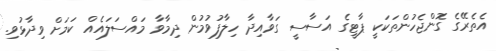
އެތެރޭގެ ގޮންޖެހުންތަކަކީ ޕާޓީގެ އަސާސީ ގަވާއިދާ ހިލާފުވުމުން ދިމާވާ މައްސަލައެއް ކަމަށް ވިދާޅުވި.